Burma Government Medical School reports 1907-22
Year: 1907
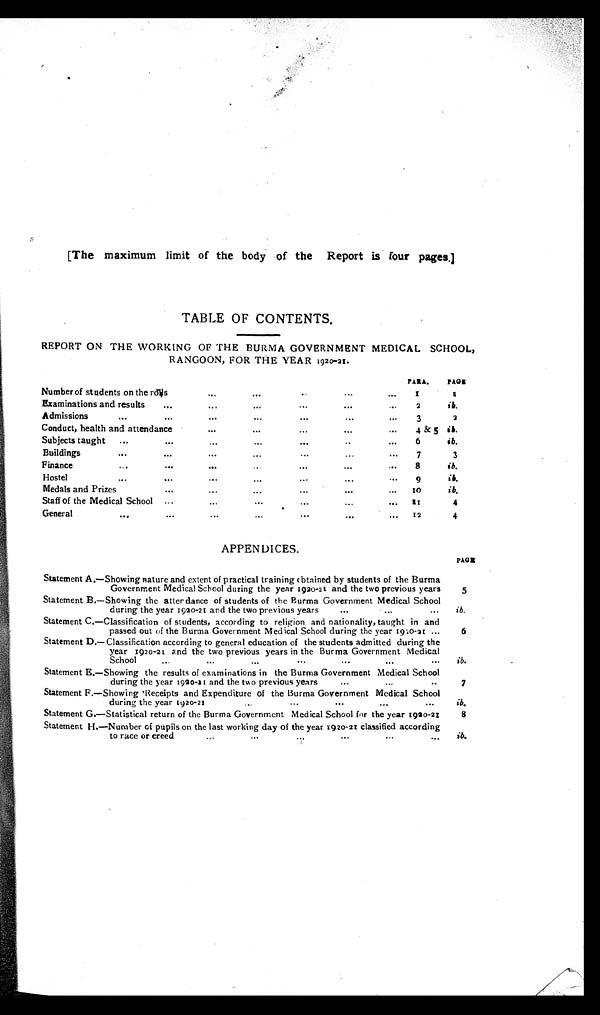
[The maximum limit of the body of the Report is four pages.]
TABLE OF CONTENTS.
REPORT ON THE WORKING OF THE BURMA GOVERNMENT MEDICAL SCHOOL,
RANGOON, FOR THE YEAR 1920-21.
Number of students on the rolls
...
...
..
...
...
PARA.I
P A G E
I
Examinations and results
...
...
...
...
...
...
2
ib.
Admissions
...
...
...
...
...
...
3
2
Conduct, health and attendance
...
...
...
...
...
4 & 5
i b .
Subjects taught ...
...
...
...
...
..
...
6
ib.
Buildings
...
...
...
...
...
. . . . . .
7
3
Finance
...
...
. . . . . . . . . . . . . . .
8
i b .
Hostel
...
...
...
...
...
. . . . . .
9
ib.
Medals and Prizes
... ... ... ... ... ...
1 0
ib.
Staff of the Medical School ...
...
...
...
...
...
1 1
4
General
...
...
...
...
...
...
... 12
4
APPENDICES.
PAGE
Statement A.—Showing nature and extent of practical training obtained by students of the Burma
Government Medical School during the year 1920-21 and the two previous years
5
Statement B.—Showing the attendance of students of the Burma Government Medical School
during the year 1920-21 and the two previous years
...
. . . . . .
ib.
Statement C.—Classification of students, according to religion and nationality, taught in and
passed out of the Burma Government Medical School during the year 1920-21 ...
6
Statement D.—Classification according to general education of the students admitted during the
year 1920-21 and the two previous years in the Burma Government Medical
School
...
... . . . . . .
. . .
. . . . . .
ib.
Statement E.—Showing the results of examinations in the Burma Government Medical School
during the year 1920-21 and the two previous years
...
...
..
7
Statement F.—Showing Receipts and Expenditure of the Burma Government Medical School
during the year 1920-21
...
...
...
...
...
ib.
Statement G.—Statistical return of the Burma Government Medical School for the year 1920-21
8
Statement H.—Number of pupils on the last working day of the year 1920-21 classified according
to race or creed . . . . . .
...
... ...
...
ib.